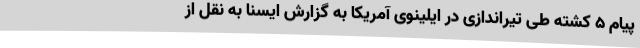
پیام 5 کشته طی تیراندازی در ایلینوی آمریکا به گزارش ایسنا به نقل از